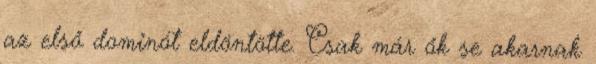
az első dominót eldöntötte. Csak már ők se akarnak